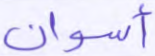
أسوان